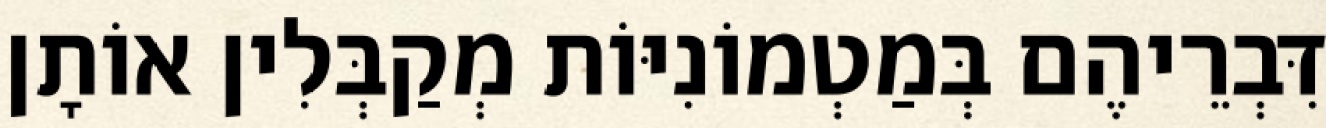
דִּבְרֵיהֶם בְּמַטְמוֹנִיּוֹת מְקַבְּלִין אוֹתָן